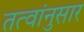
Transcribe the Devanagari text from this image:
तत्वांनुसार